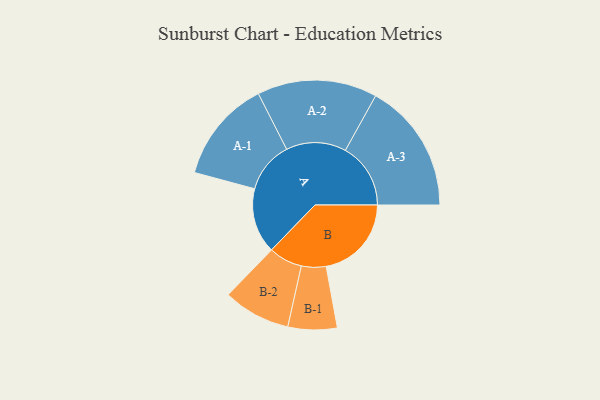
{"axis": {"x": "Segment", "y": "Value"}, "legend": ["", "A", "B"], "data": [{"x": "A", "y": 271, "type": ""}, {"x": "B", "y": 354, "type": ""}, {"x": "A-1", "y": 213, "type": "A"}, {"x": "A-2", "y": 249, "type": "A"}, {"x": "A-3", "y": 271, "type": "A"}, {"x": "B-1", "y": 102, "type": "B"}, {"x": "B-2", "y": 140, "type": "B"}]}